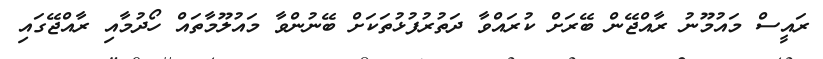
ރައީސް މައުމޫނު ރާއްޖޭން ބޭރަށް ކުރައްވާ ދަތުރުފުޅުތަކަށް ބޭނުންވާ މައުލޫމާތައް ހޯދުމާއި ރާއްޖޭގައި